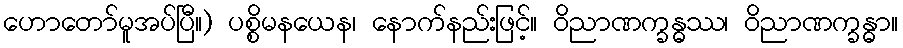
ဟောတော်မူအပ်ပြီ။) ပစ္စိမနယေန၊ နောက်နည်းဖြင့်။ ဝိညာဏက္ခန္ဓဿ၊ ဝိညာဏက္ခန္ဓာ။